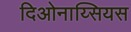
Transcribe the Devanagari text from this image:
दिओनाय्सियस